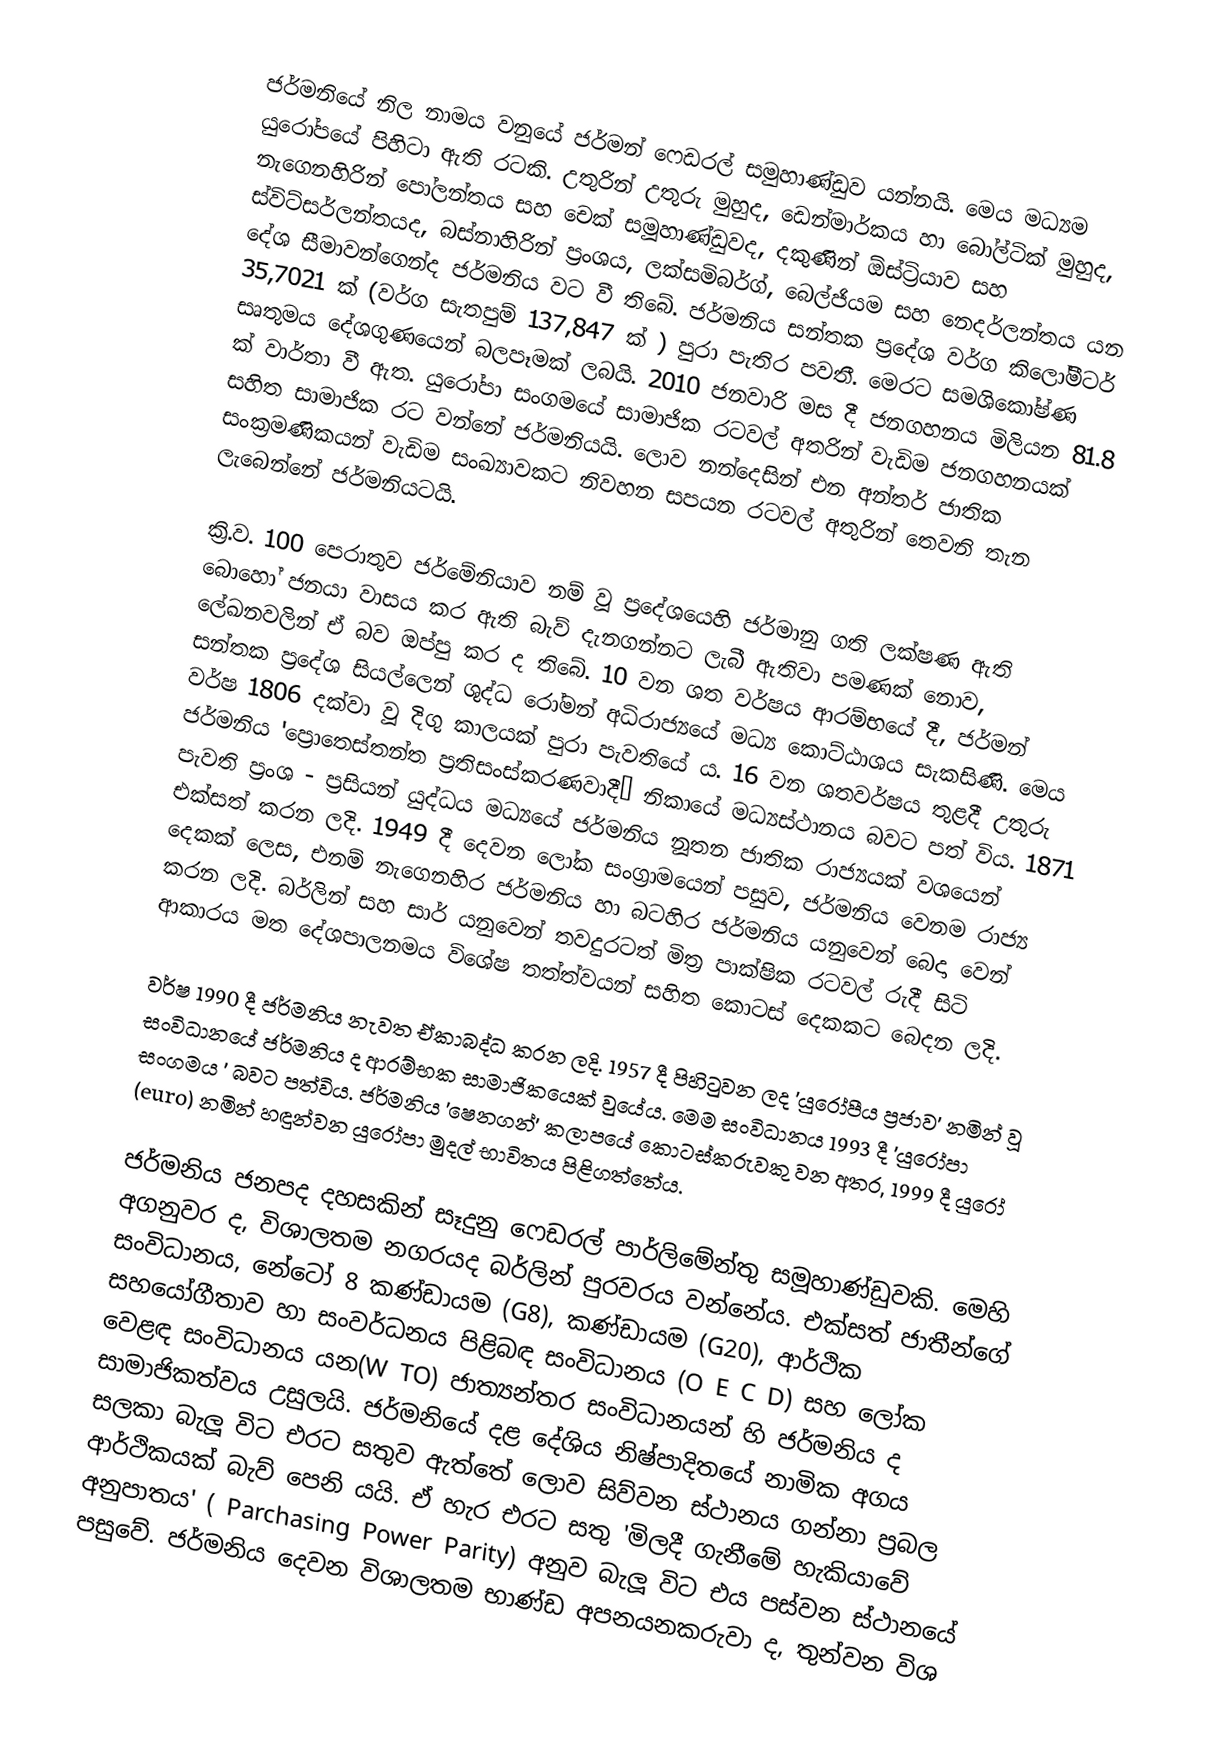
ජර්මනියේ නිල නාමය වනුයේ ජර්මන් ෆෙඩරල් සමුහාණ්ඩුව යන්නයි. මෙය මධ්‍යම යුරෝපයේ පිහිටා ඇති රටකි. උතුරින් උතුරු මුහුද, ඩෙන්මාර්කය හා බෝල්ටික් මුහුද, නැගෙනහිරින් ‍පෝලන්තය සහ චෙක් සමූහාණ්ඩුවද, දකුණින් ඕස්ට්‍රියාව සහ ස්විට්සර්ලන්තයද, බස්නාහිරින් ප්‍රංශය, ලක්සමිබර්ග්, බෙල්ජියම සහ නෙදර්ලන්තය යන දේශ සීමාවන්ගෙන්ද ජර්මනිය වට වී තිබේ. ජර්මනිය සන්තක ප්‍රදේශ වර්ග කිලෝමීටර් 35,7021 ක් (වර්ග සැතපුම් 137,847 ක් ) පුරා පැතිර පවතී. මෙරට සමශිකෝෂ්ණ සෘතුමය දේශගුණයෙන් බලපෑමක් ලබයි. 2010 ජනවාරි මස දී ජනගහනය මිලියන 81.8 ක් වාර්තා වී ඇත. යුරෝපා සංගමයේ සාමාජික රටවල් අතරින් වැඩිම ජනගහනයක් සහිත සාමාජික රට වන්නේ ජර්මනියයි. ලොව නන්දෙසින් එන අන්තර් ජාතික සංක්‍රමණිකයන් වැඩිම සංඛ්‍යාවකට නිවහන සපයන රටවල් අතුරින් තෙවනි තැන ලැබෙන්නේ ජර්මනියටයි.

ක්‍රි.ව. 100 පෙරාතුව ජර්මේනියාව නම් වූ ප්‍රදේශයෙහි ජර්මානු ගති ලක්ෂණ ඇති ‍බොහෝ ජනයා වාසය කර ඇති බැව් දැනගන්නට ලැබී ඇතිවා පමණක් නොව, ලේඛනවලින් ඒ බව ඔප්පු කර ද තිබේ. 10 වන ශත වර්ෂය ආරම්භයේ දී, ජර්මන් සන්තක ප්‍ර‍දේශ සියල්ලෙන් ශුද්ධ රෝමන් අධිරාජ්‍යයේ මධ්‍ය‍ කොට්ඨාශය සැකසිණි. මෙය වර්ෂ 1806 දක්වා වූ දිගු කාලයක් පුරා පැවති‍යේ ය. 16 වන ශතවර්ෂය තුළදී උතුරු ජර්මනිය 'ප්‍රොතෙස්තන්ත ප්‍රතිසංස්කරණවාදී’ නිකායේ මධ්‍යස්ථානය බවට පත් විය. 1871 පැවති ප්‍රංශ - ප්‍රසියන් යුද්ධය මධ්‍යයේ ජර්මනිය නූතන ජාතික රාජ්‍යයක් වශයෙන් එක්සත් කරන ලදි. 1949 දී දෙවන ලෝක සංග්‍රාමයෙන් පසුව, ජර්මනිය වෙනම රාජ්‍ය දෙකක් ලෙස, එනම් නැගෙනහිර ජර්මනිය හා බටහිර ජර්මනිය යනුවෙන් බෙදා වෙන් කරන ලදි. බර්ලින් සහ සාර් යනුවෙන් තවදුරටත් මිත්‍ර පාක්ෂික රටවල් රුදී සිටි ආකාරය මත දේශපාලනමය විශේෂ තත්ත්වයන් සහිත කොටස් දෙකකට බෙදන ලදි.

වර්ෂ 1990 දී ජර්මනි‍ය නැවත ඒකාබද්ධ කරන ලදි. 1957 දී පිහිටුවන ලද 'යුරෝපීය ප්‍රජාව' නමින් වූ සංවිධානයේ ජර්මනිය ද ආරම්භක සාමාජිකයෙක් වුයේය. මෙම සංවිධානය 1993 දී 'යුරෝපා සංගමය ' බවට පත්විය. ජර්මනිය 'ෂෙනගන්' කලාපයේ කොටස්කරුවකු වන අතර, 1999 දී යුරෝ (euro) නමින් හඳුන්වන යුරෝපා මුදල් භාවිතය පිළිගත්තේය.

ජර්මනිය ජනපද දහසකින් සෑදුනු ෆෙඩරල් පාර්ලිමේන්තු සමූහාණ්ඩුවකි. මෙහි අගනුවර ද, විශාලතම නගරයද බර්ලින් පුරවරය වන්නේය. එක්සත් ජාතීන්ගේ සංවිධානය, නේටෝ 8 කණ්ඩායම (G8), කණ්ඩායම (G20), ආර්ථික සහයෝගීතාව හා සංවර්ධනය පිළිබඳ සංවිධානය (O E C D) සහ ලෝක වෙළඳ සංවිධානය යන(W TO) ජාත්‍යන්තර සංවිධානයන් හි ජර්මනිය ද සාමාජිකත්වය උසුලයි. ජර්මනියේ දළ දේශිය නිෂ්පාදිතයේ නාමික අගය සලකා බැලූ විට එරට සතුව ඇත්තේ ලොව සිව්වන ස්ථානය ‍ගන්නා ප්‍රබල ආර්ථිකයක් බැව් පෙනි යයි. ඒ හැර එරට සතු 'මිලදී ගැනීමේ හැකියාවේ අනුපාතය' ( Parchasing Power Parity) අනුව බැලූ විට එය පස්වන ස්ථානයේ පසුවේ. ජර්මනිය දෙවන විශාලතම භාණ්ඩ අපනයනකරුවා ද, තුන්වන විශ